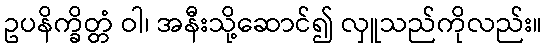
ဥပနိက္ခိတ္တံ ဝါ၊ အနီးသို့ဆောင်၍ လှူသည်ကိုလည်း။